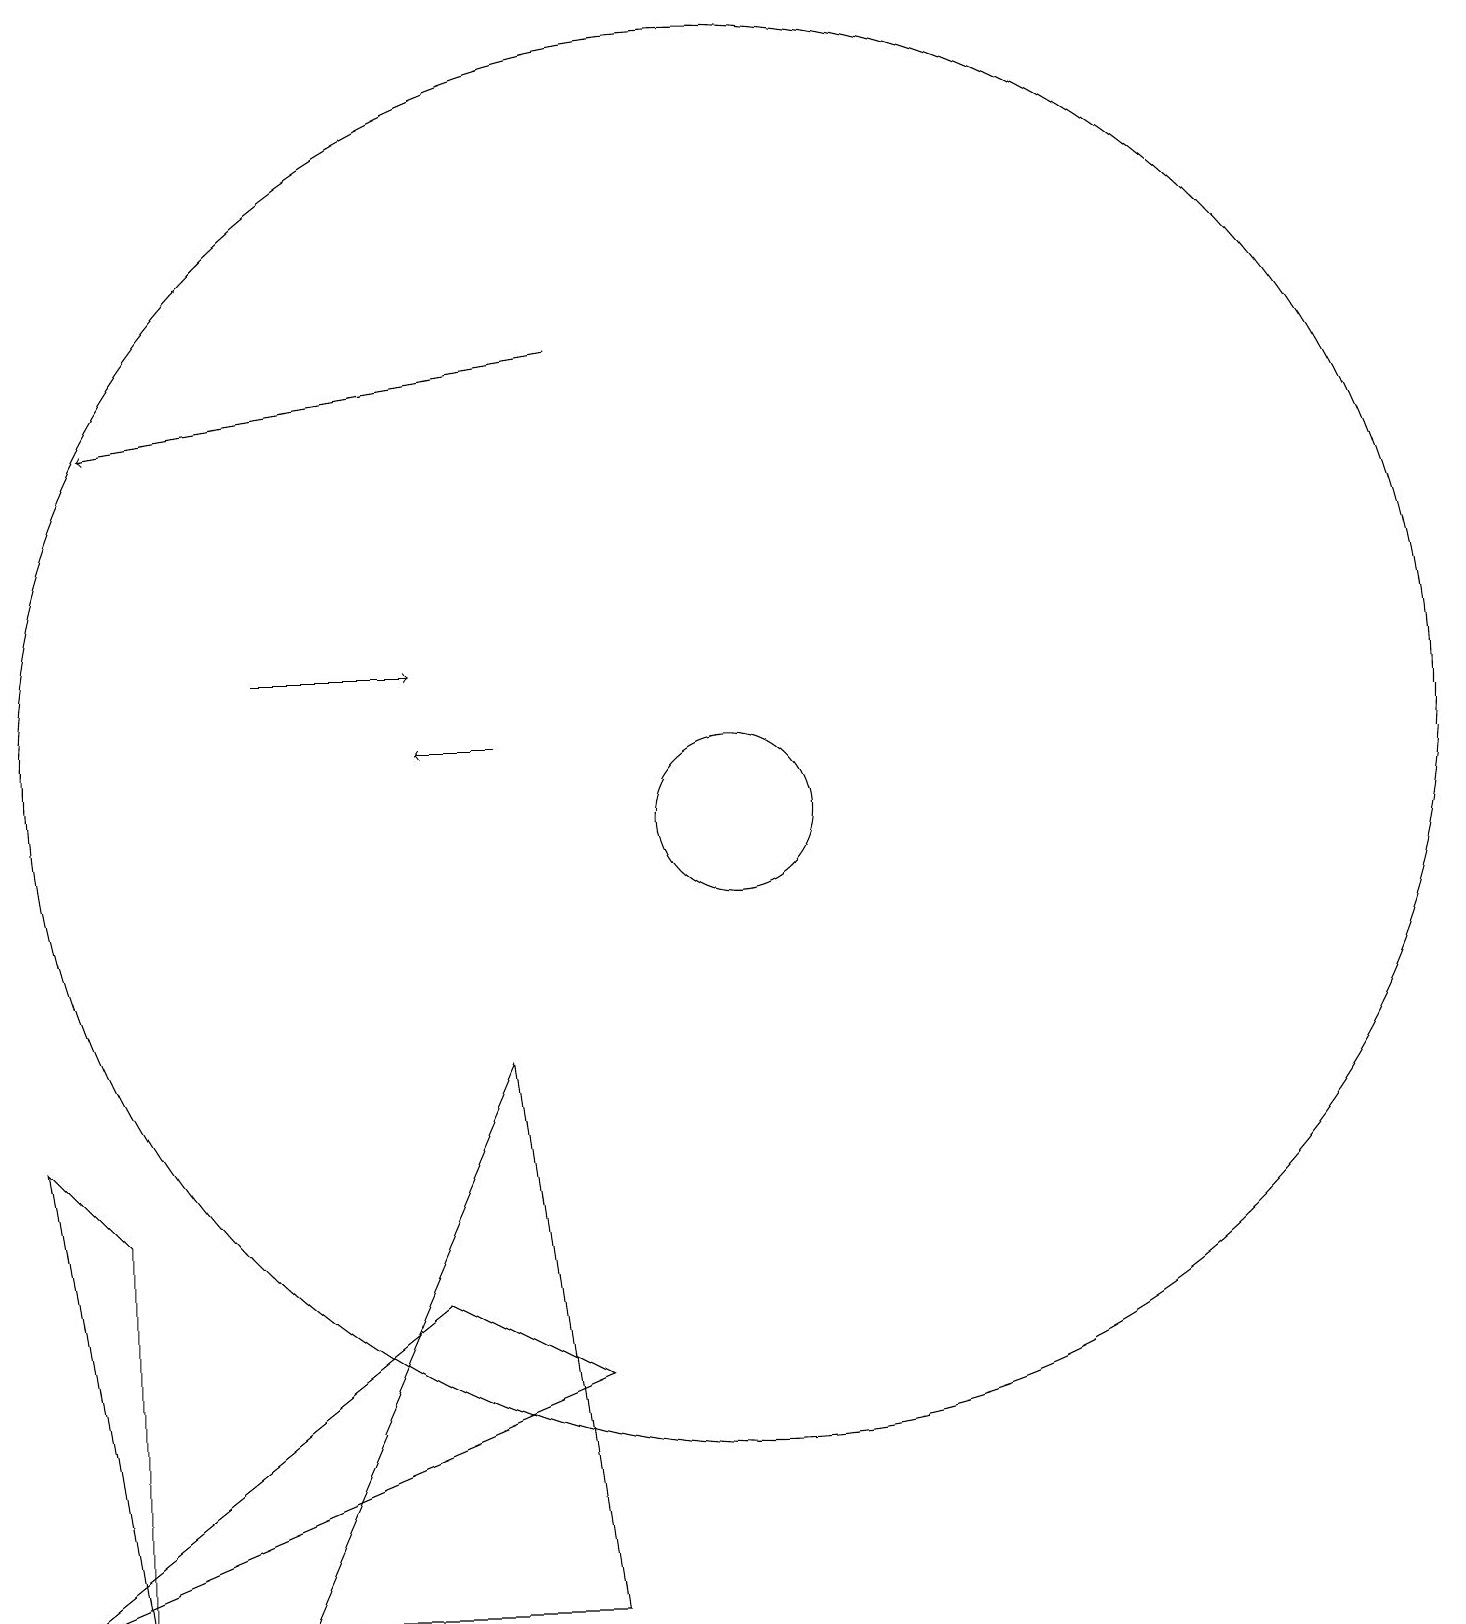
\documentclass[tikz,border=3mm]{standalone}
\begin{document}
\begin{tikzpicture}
\draw (8,7) -- (9,0) -- (5,0) -- cycle;
\draw (11,10) circle (1);
\draw (11,11) circle (9);
\draw[->] (9,16) -- (3,15);
\draw (2,0) -- (7,4) -- (9,3) -- cycle;
\draw (2,6) -- (3,0) -- (3,5) -- cycle;
\draw[->] (5,12) -- (7,12);
\draw[->] (8,11) -- (7,11);
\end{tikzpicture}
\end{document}